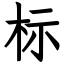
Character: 标